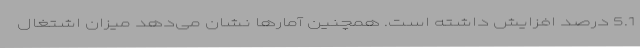
5.1 درصد افزایش داشته است. همچنین آمارها نشان می‌دهد میزان اشتغال